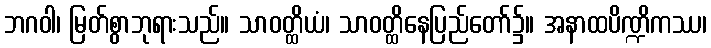
ဘဂဝါ၊ မြတ်စွာဘုရားသည်။ သာဝတ္ထိယံ၊ သာဝတ္ထိနေပြည်တော်၌။ အနာထပိဏ္ဍိကဿ၊